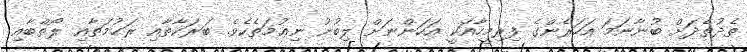
ތެދުތެދަށް ބުނާނަމަ އަހަރެންގެ ފިރިމީހާއަކީ އަހަންނަށް ލިބުނު ނިޢުމަތެކެވެ. ބަރަކާތާއި ރަޙުމަތާއި ލޯތްބާއި